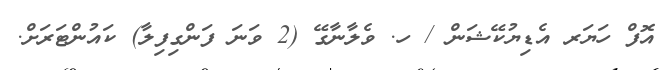
އޮފް ހަޔަރ އެޑިޔުކޭޝަން / ހ. ވެލާނާގޭ (2 ވަނަ ފަންގިފިލާ) ކައުންޓަރަށް.